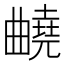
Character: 𣍕